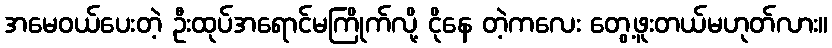
အမေဝယ်ပေးတဲ့ ဦးထုပ်အရောင်မကြိုက်လို့ ငိုနေ တဲ့ကလေး တွေ့ဖူးတယ်မဟုတ်လား။